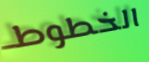
الخطوط